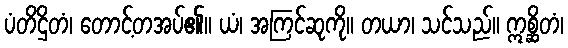
ပံတိဌိတံ၊ တောင့်တအပ်၏။ ယံ၊ အကြင်ဆုကို။ တယာ၊ သင်သည်။ ဣစ္ဆိတံ၊